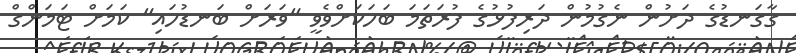
ގާގަނޑުގެ ދަށުން ނެގުމުން ދަރިފުޅުގެ ފުރަތަމަ ބަހަކަށްވެވީ "ވަރަށް ބަނޑުހައި" ކަމަށް ޓަމަންގް